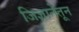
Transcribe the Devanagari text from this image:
जिज्ञानेतून